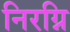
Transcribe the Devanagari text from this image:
निरग्नि